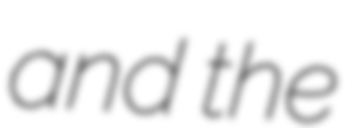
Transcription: and the